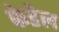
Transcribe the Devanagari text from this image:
फेडेल